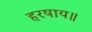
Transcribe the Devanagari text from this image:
हरषाय॥